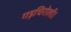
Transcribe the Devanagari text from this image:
गड़चिरोली।